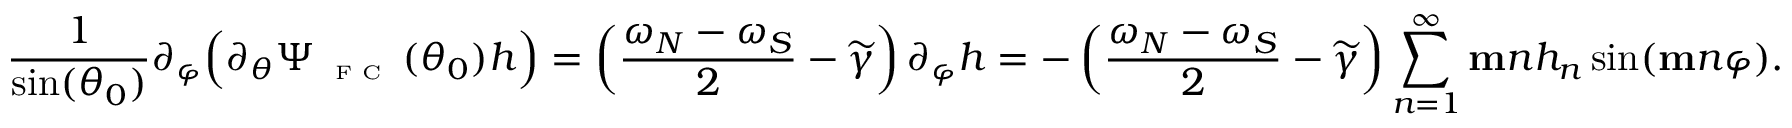
\frac { 1 } { \sin ( \theta _ { 0 } ) } \partial _ { \varphi } \Big ( \partial _ { \theta } \Psi _ { \textnormal { \tiny { F C } } } ( \theta _ { 0 } ) h \Big ) = \left( \frac { \omega _ { N } - \omega _ { S } } { 2 } - \widetilde { \gamma } \right) \partial _ { \varphi } h = - \left( \frac { \omega _ { N } - \omega _ { S } } { 2 } - \widetilde { \gamma } \right) \sum _ { n = 1 } ^ { \infty } \mathbf { m } n h _ { n } \sin ( \mathbf { m } n \varphi ) .